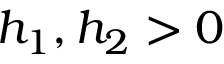
h _ { 1 } , h _ { 2 } > 0